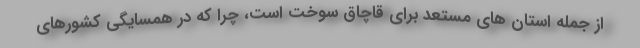
از جمله استان های مستعد برای قاچاق سوخت است، چرا که در همسایگی کشورهای